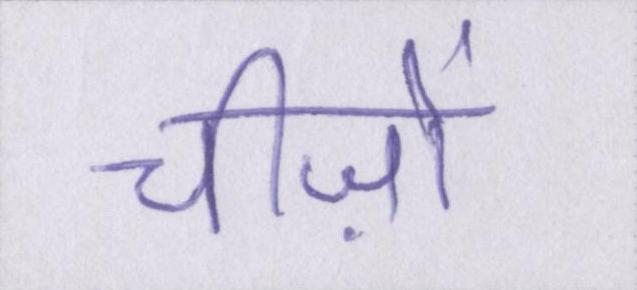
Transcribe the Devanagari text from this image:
चीज़ों